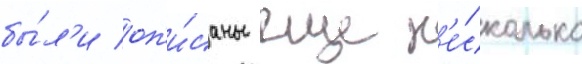
бы́л'и оп'и́саны еще н'е́сколько